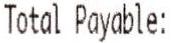
TOTAL PAYABLE: